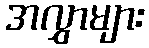
အလွှာများ